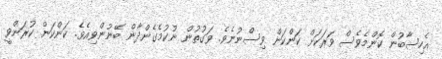
އެހިސާބުން ކޮންމެވެސް ވަރަކަށް ކަންކަން ވިސްނުނެވެ. ވަގުތުން ނުކުމެގެންދާން ބޭނުންވިއެވެ. ކަންކަން ކުރަންވީ